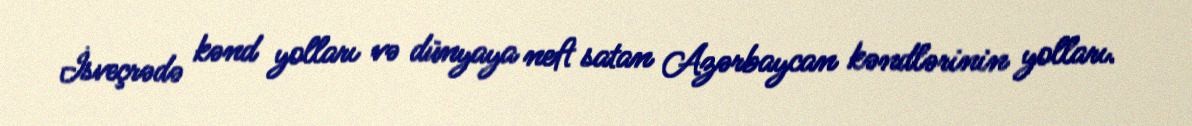
İsveçrədə kənd yolları və dünyaya neft satan Azərbaycan kəndlərinin yolları.